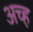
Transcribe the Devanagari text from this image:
अच्ह